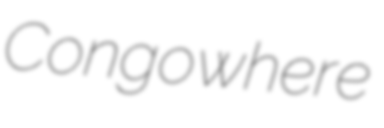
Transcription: Congo where